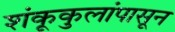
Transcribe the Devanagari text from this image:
शंकूकुलांपासून